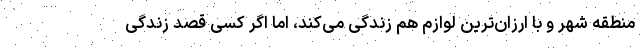
منطقه شهر و با ارزان‌ترین لوازم هم زندگی می‌کند، اما اگر کسی قصد زندگی